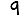
Digit: 9